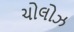
ચોલોઝ